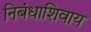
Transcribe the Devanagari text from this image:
निबंधाशिवाय